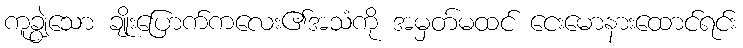
ကူချွဲသော ချိုးပြောက်ကလေး၏အသံကို အမှတ်မထင် ငေးမောနားထောင်ရင်း